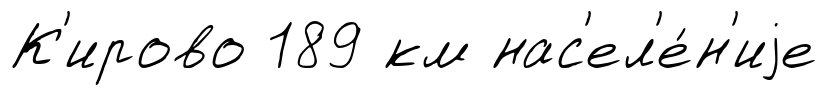
К'ирово 189 км нас'ел'е́н'иjе